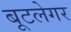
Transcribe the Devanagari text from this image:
बूटलेगर